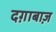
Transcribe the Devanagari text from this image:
दग़ाबाज़